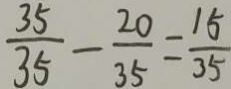
\frac { 3 5 } { 3 5 } - \frac { 2 0 } { 3 5 } = \frac { 1 5 } { 3 5 }